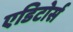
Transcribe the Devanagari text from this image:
एडिटोर्स